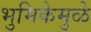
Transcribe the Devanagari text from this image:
भुमिकेमुळे